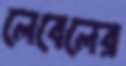
লেবেলের